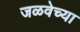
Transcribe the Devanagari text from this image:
जळवेच्या